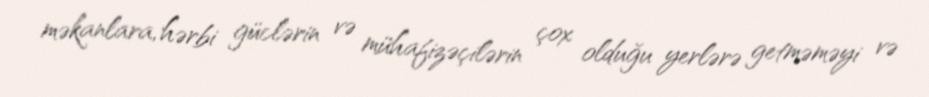
məkanlara, hərbi güclərin və mühafizəçilərin çox olduğu yerlərə getməməyi və